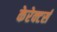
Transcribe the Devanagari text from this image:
केरेक्टर्स